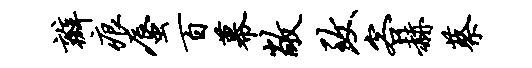
瓣痕蜃百幕敞致客赫蔡